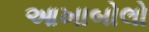
આખાબોલો